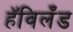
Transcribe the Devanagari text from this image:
हॅविलँड